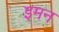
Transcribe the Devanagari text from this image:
इमन